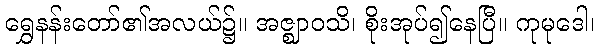
ရွှေနန်းတော်၏အလယ်၌။ အဇ္ဈာဝသိ၊ စိုးအုပ်၍နေပြီ။ ကုမုဒေါ၊